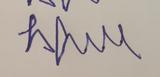
Signature authenticity: forged